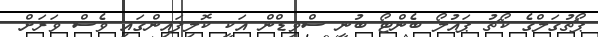
ޕޯޗުގަލްގެ ކޯޗު ޕައުލޯ ބެންޓޯ ބުނީ ސްވިޑްން އަކީ ކޮލިފައިންގައި ވެސް ވަރަށް